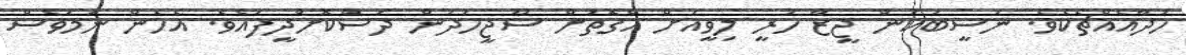
ހަދާއެއްޗެކެވެ. ނަސީބަކުން ޖީޒާ ހުރީ ލިވީއަށް އެގޮތަށް ސޫޖީހަދަން ދަސްކޮށްދީފައެވެ. އެހެން ނަމަވެސް